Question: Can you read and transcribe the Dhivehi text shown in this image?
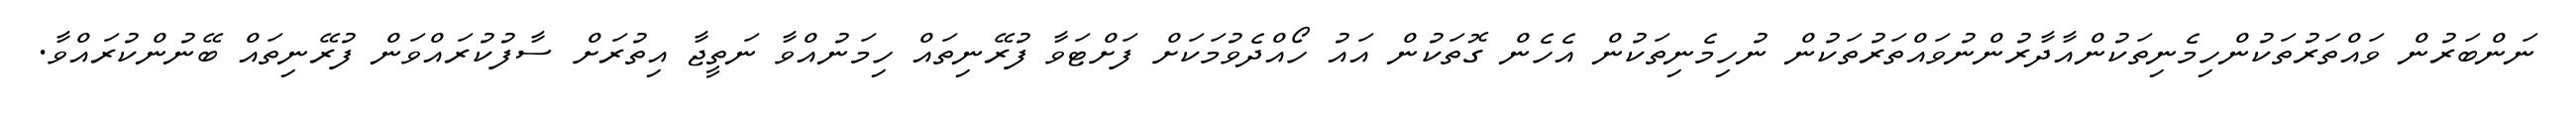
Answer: ނަންބަރުން ވައްތަރުތަކުންހިމެނިތަކުންއާދާރުންނުވައްތަރުތަކުން ނުހިމެނިތަކުން އެހެން ގޮތަކުން އައު ހޯއްދެވުމަކަށް ފަށްޓަވާ ފުރޭނިތައް ހިމަނުއްވާ ނަތީޖާ އިތުރަށް ސާފުކުރައްވަން ފުރޭނިތައް ބޭނުންކުރައްވާ.